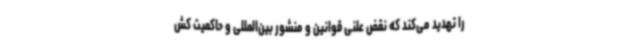
را تهدید می‌کند که نقض علنی قوانین و منشور بین‌المللی و حاکمیت کش